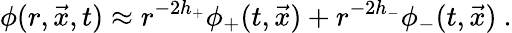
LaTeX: \phi(r,\vec{x},t)\approx r^{-2h_{+}}\phi_{+}(t,\vec{x})+r^{-2h_{-}}\phi_{-}(t,\vec{x})\ .